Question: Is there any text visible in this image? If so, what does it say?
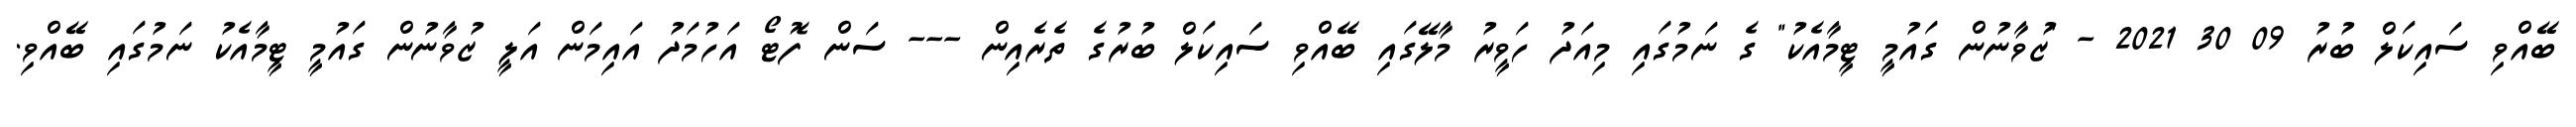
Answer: ބޭއްވި ސައިކަލް ބުރު 09 30 2021 - "ޒުވާނުން ގައުމީ ޓީމާއެކު" ގެ ނަމުގައި މިއަދު ހަވީރު މާލޭގައި ބޭއްވި ސައިކަލް ބުރުގެ ތެރެއިން --- ސަން ފޮޓޯ އަހުމަދު އައިމަން އަލީ ޒުވާނުން ގައުމީ ޓީމާއެކު ނަމުގައި ބޭއްވި.